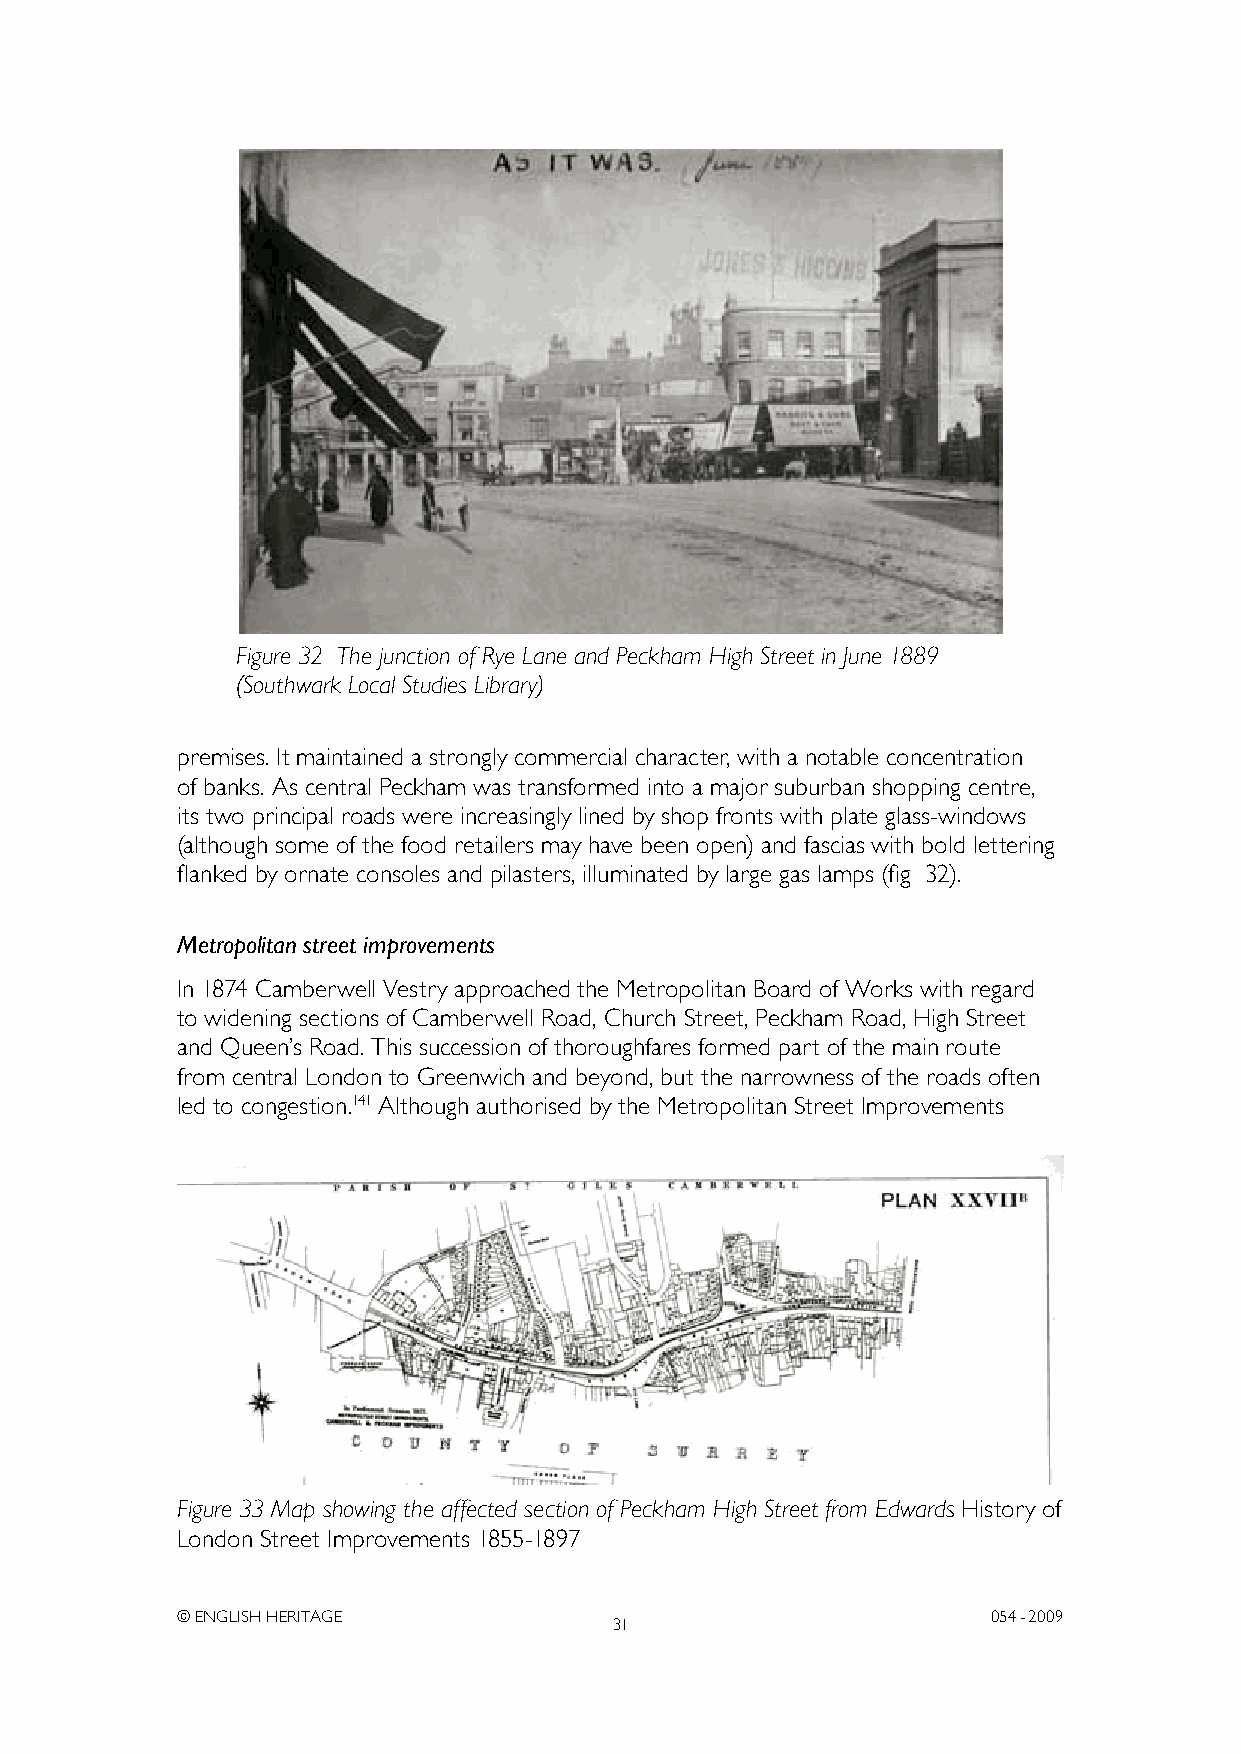
Figure 32 The junction of Rye Lane and Peckham High Street in June 1889
 (Southwark Local Studies Library)
 premises. It maintained a strongly commercial character, with a notable concentration
 of banks. As central Peckham was transformed into a major suburban shopping centre,
 its two principal roads were increasingly lined by shop fronts with plate glass-windows
 (although some of the food retailers may have been open) and fascias with bold lettering
 flanked by ornate consoles and pilasters, illuminated by large gas lamps (fig 32).
 Metropolitan street improvements
 In 1874 Camberwell Vestry approached the Metropolitan Board of Works with regard
 to widening sections of Camberwell Road, Church Street, Peckham Road, High Street
 and Queen’s Road. This succession of thoroughfares formed part of the main route
 from central London to Greenwich and beyond, but the narrowness of the roads often
 led to congestion.141 Although authorised by the Metropolitan Street Improvements
 Figure 33 Map showing the affected section of Peckham High Street from Edwards History of
 London Street Improvements 1855-1897
 © ENGLISH HERITAGE                                    054- 2009
 31